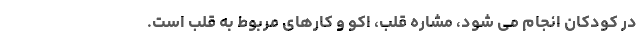
در کودکان انجام می شود، مشاره قلب، اکو و کارهای مربوط به قلب است.